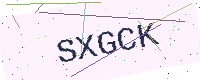
Text: SXGCK